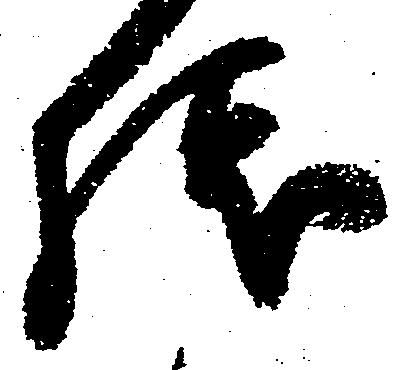
残